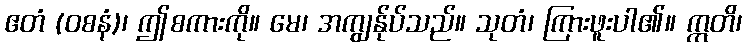
ဧတံ (ဝစနံ)၊ ဤစကားကို။ မေ၊ အကျွန်ုပ်သည်။ သုတံ၊ ကြားဖူးပါ၏။ ဣတိ၊